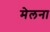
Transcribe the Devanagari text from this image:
मेलना